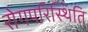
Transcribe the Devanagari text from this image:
रोगपरिस्थिति